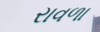
રાવળા